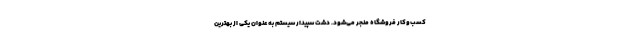
کسب‌و‌کار فروشگاه منجر می‌شود. دشت سپیدار سیستم به عنوان یکی از بهترین